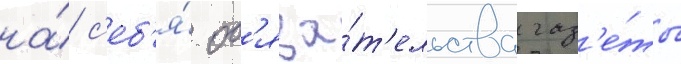
на́ с'еб'я́ об'яза́т'ельства газ'е́ты